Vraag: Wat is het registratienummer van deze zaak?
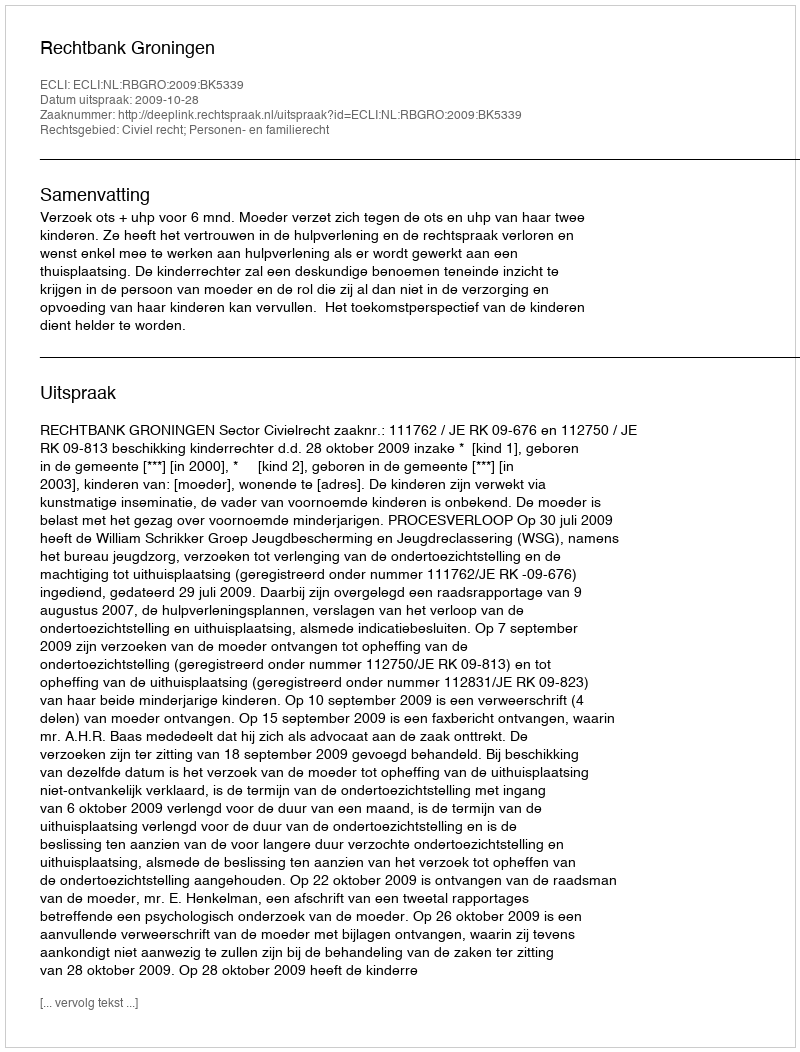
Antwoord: http://deeplink.rechtspraak.nl/uitspraak?id=ECLI:NL:RBGRO:2009:BK5339